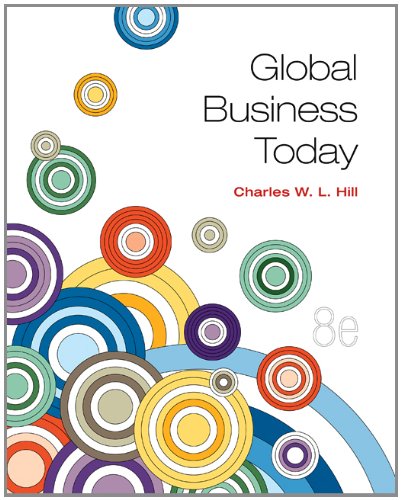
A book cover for Global Business Today; Charles W. L. Hill; Business & Money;